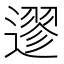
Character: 䢧